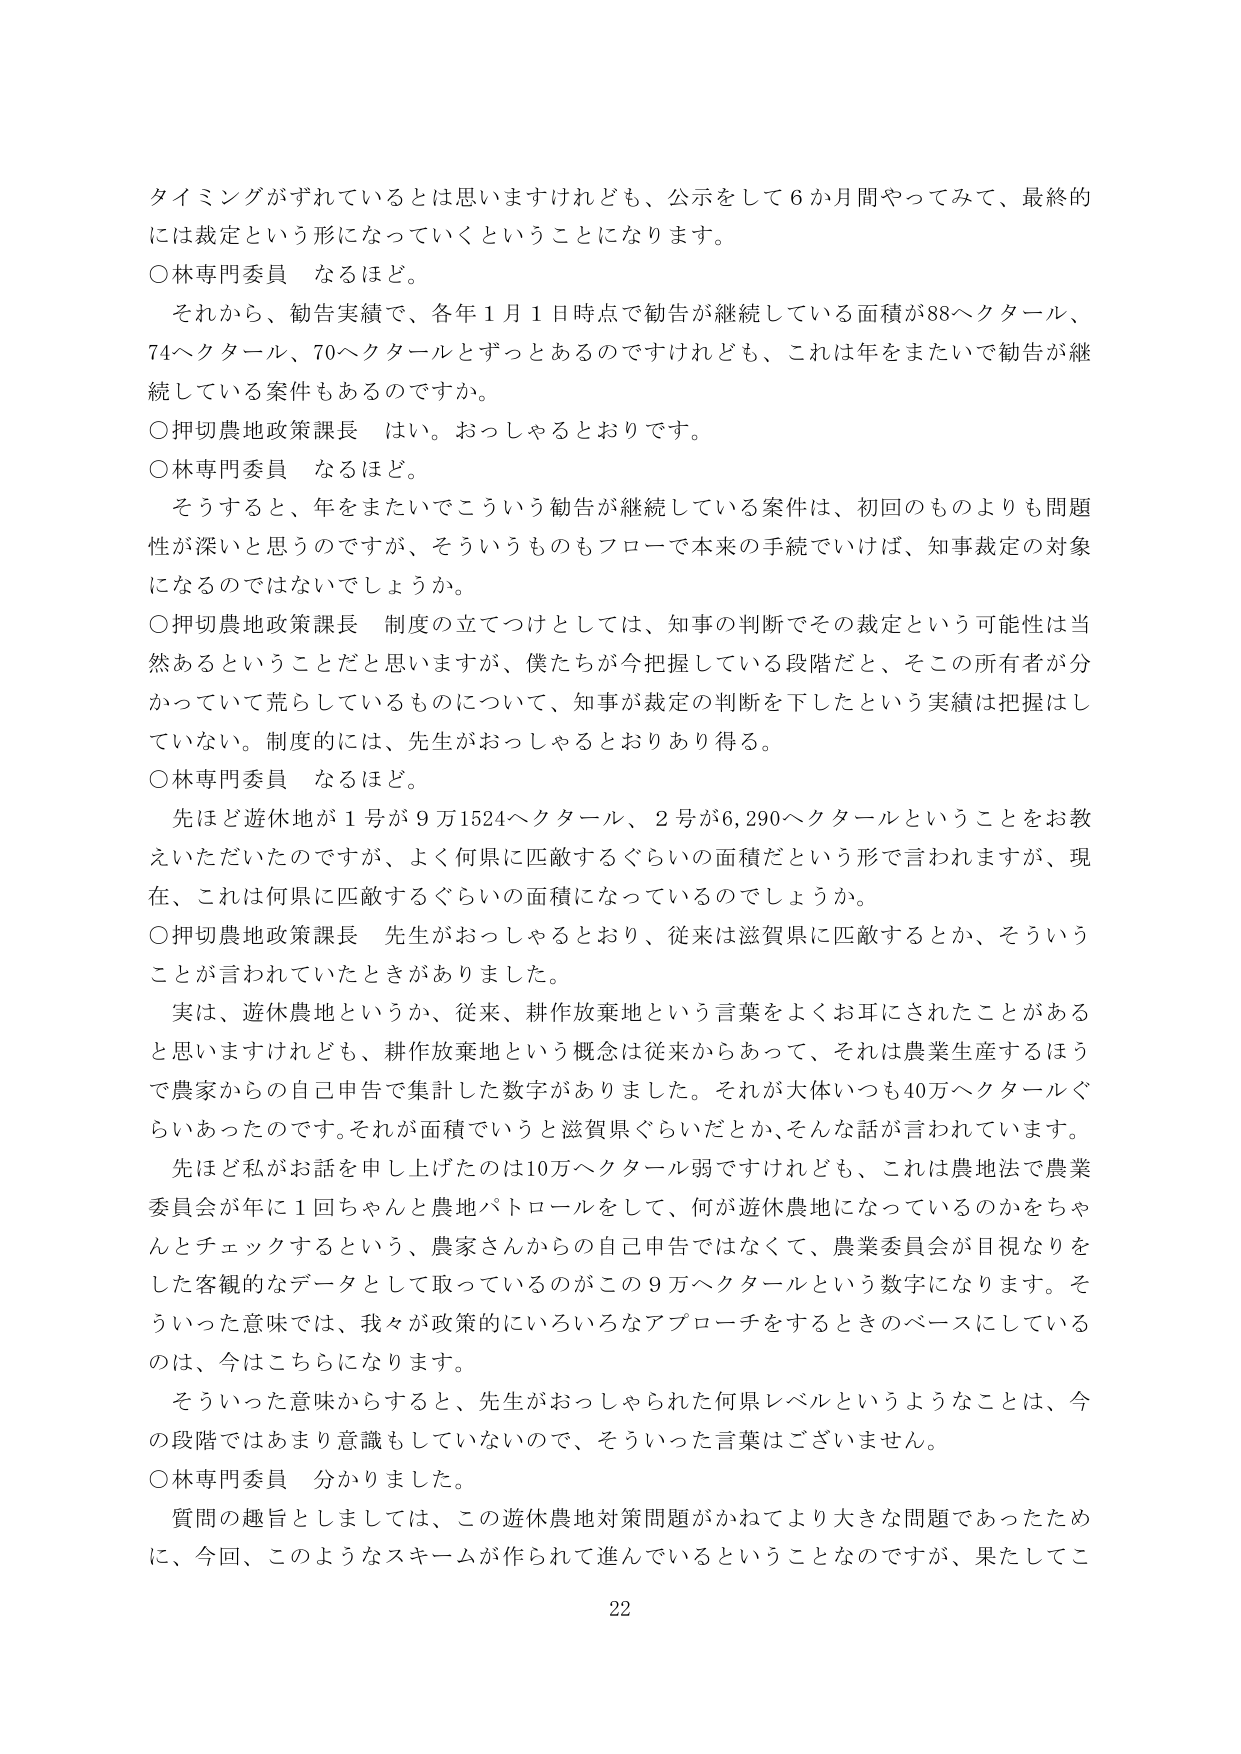
タイミングがずれているとは思いますけれども、公示をして６か月間やってみて、最終的には裁定という形になっていくということになります。

○林専門委員　なるほど。

　それから、勧告実績で、各年１月１日時点で勧告が継続している面積が88ヘクタール、74ヘクタール、70ヘクタールとずっとあるのですけれども、これは年をまたいで勧告が継続している案件もあるのですか。

○押切農地政策課長　はい。おっしゃるとおりです。

○林専門委員　なるほど。

　そうすると、年をまたいでこういう勧告が継続している案件は、初回のものよりも問題性が深いと思うのですが、そういうものもフローで本来の手続でいけば、知事裁定の対象になるのではないでしょうか。

○押切農地政策課長　制度の立てつけとしては、知事の判断でその裁定という可能性は当然あるということだと思いますが、僕たちが今把握している段階だと、そこでの所有者が分かっていて荒らしているものについて、知事が裁定の判断を下したという実績は把握していない。制度的には、先生がおっしゃるとおりあり得る。

○林専門委員　なるほど。

　先ほど遊休地が１号が９万1524ヘクタール、２号が6,290ヘクタールということをお教えいただいたのですが、よく何県に匹敵するぐらいの面積だという形で言われますが、現在、これは何県に匹敵するぐらいの面積になっているのでしょうか。

○押切農地政策課長　先生がおっしゃるとおり、従来は滋賀県に匹敵するとか、そういうことが言われていたときがありました。

　実は、遊休農地というか、従来、耕作放棄地という言葉をよくお耳にされたことがあると思いますけれども、耕作放棄地という概念は従来からあって、それは農業生産するほうで農家からの自己申告で集計した数字がありました。それが大体いつも40万ヘクタールぐらいあったのです。それが面積でいうと滋賀県ぐらいだとか、そんな話が言われています。

　先ほど私がお話を申し上げたのは10万ヘクタール弱ですけれども、これは農地法で農業委員会が年に１回ちゃんと農地パトロールをして、何が遊休農地になっているのかをちゃんとチェックするという、農家さんからの自己申告ではなくて、農業委員会が目視なりをした客観的なデータとして取っているのがこの９万ヘクタールという数字になります。そういった意味では、我々が政策的にいろいろなアプローチをするときのベースにしているのは、今はこちらになります。

　そういった意味からすると、先生がおっしゃられた何県レベルというようなことは、今の段階ではあまり意識もしていないので、そういった言葉はございません。

○林専門委員　分かりました。

　質問の趣旨としましては、この遊休農地対策問題がかねてより大きな問題であったために、今回、このようなスキームが作られて進んでいるということなのですが、果たしてこ

22